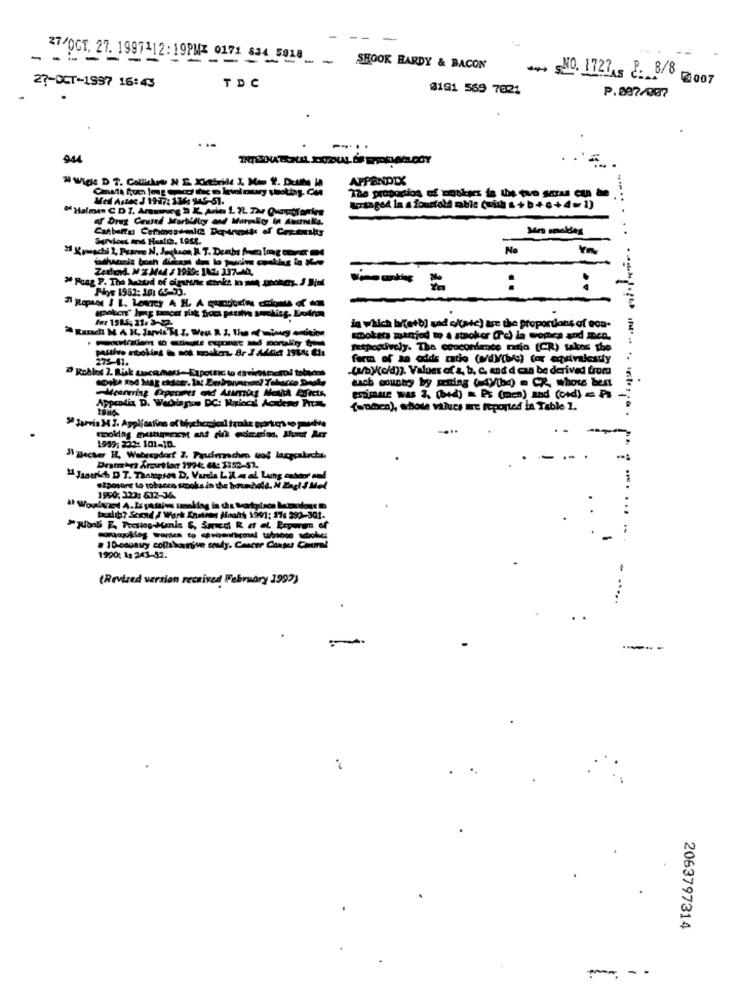
------
27/OCT. 27. 1997112:1982
SHOOK HARDY & BACON
** 20. 1727As 2. 8/8 007
27-OCT-1997 16:43
TDC
3191 569 7021
P.007/007
APPENDIX
Med Astas J 1977: 136 945-51.
The proportion of moskes ia Is po saras can be
"Halmen C D 7. Armarung D K Aries L ?L Tar Ounproforrien
Cantbeffsi Cethingsemalla Depiruils of Centralty
No
Ym
Zerland. W Z Mad / 1999: 102- 337-40,
Phyr 1982: 10: 65-53.
---
:
..
in which bifetb] sad o/(atc) are the proportions of eca.
smoketa martjod to a stacker (Pd) la wonca and men.
respectively. Tha concordance mitja (CR) takes the
-----------
275-41.
form of sa odds zathe (w/d)/(br) (or equivalesty
-(uby(c/d)). Values of &, b. c. and d can be derived from
dach county by mening ( 4)(hd) . CX, whowe bent
Meanning Expennes and Arumug Mothh Arrets,
Approdix D. Wacragion DC: Raslocal Acidend Pra
SiMULE WAS 3. (+d) = PE (men) and (ond) = PI
fanden), whole values me reported in Table 1.
1959: 222: 101-10.
Drankrs &rzut lon 199-4: 44: 3152-52.
"Jaserich D T. Thampres D, Varela Lila el Lung onboot oud
etposore to tobacco smoke in the household. N Engl J Med
1990: 323: 612-36.
boll? Scond / Work Enntrens Hoanh 1991: 17: 399-301.
· 1 0-covary collabornium seady. Cancer Cangas com
1990: 1a 243-32.
(Revised version received February 1997)
...
2063797314
---